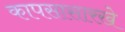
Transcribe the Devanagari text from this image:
कापसासारखे